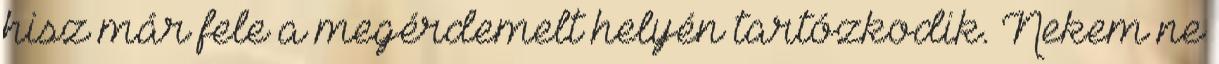
hisz már fele a megérdemelt helyén tartózkodik. Nekem ne